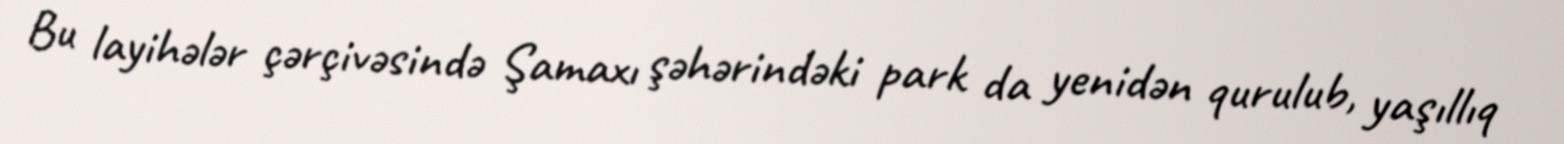
Bu layihələr çərçivəsində Şamaxı şəhərindəki park da yenidən qurulub, yaşıllıq